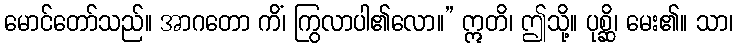
မောင်တော်သည်။ အာဂတော ကိံ၊ ကြွလာပါ၏လော။” ဣတိ၊ ဤသို့။ ပုစ္ဆိ၊ မေး၏။ သာ၊